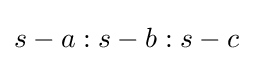
s-a:s-b:s-c